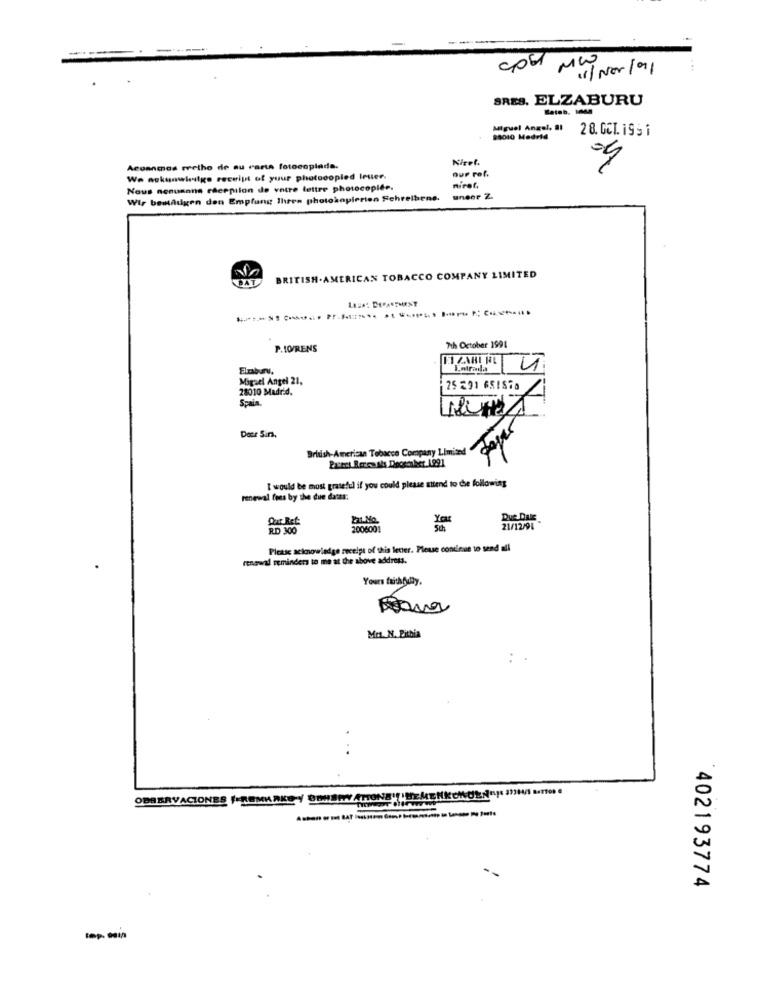
11/ New /91
SRES. ELZABURU
Miguel Angel, 21
28. GCL. 199 i
$8010 Madrid
Kirel.
Aconnmos rretho de su carta fotocopiada.
nur rof.
We nokunwirsige receipt of your photocopled Inuer.
Nous nenusans ederpilon de votre lettre photocopier.
niret,
Wir bemaugen den Empfang Ihren photokopierten Schreibens.
uneor Z.
BAT
BRITISH.AMERICAN TOBACCO COMPANY LIMITED
LEHA: DEPARTMENT
P.IO/RENS
7th October 1991
FI ZABI NL 4
Miguel Angel 21,
28010 Madrid.
25 291 651878
Spain.
IT
Der Sin.
British American Tobacco Company Limited
I would be most grateful if you could please attend to the following
renewal fous by the due dates:
You
Due DATE
Que Ret
2006001
21/12/91
Please acknowledge receipt of this letter. Ploue continue to send all
renewal reminders to me at the above address.
Yours faithfully.
Mr. N. Bithia
..
OBSERVACIONES ( ROMMAKE-/ 9OHSWY ATIONS" .HEMENKOKEN !< 34/1 0.
402193774